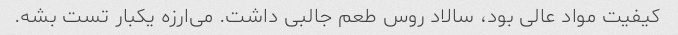
کیفیت مواد عالی بود، سالاد روس طعم جالبی داشت. می‌ارزه یکبار تست بشه.